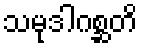
သမုဒါဂစ္ဆတိ